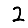
Digit: 2